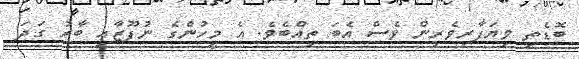
ބޮޑެތި ވިޔަފާރިވެރިން ވެސް އެބަ ތިއްބެވެ. އެ މީހުންގެ ނުފޫޒާއި ބާރު ގަދަ